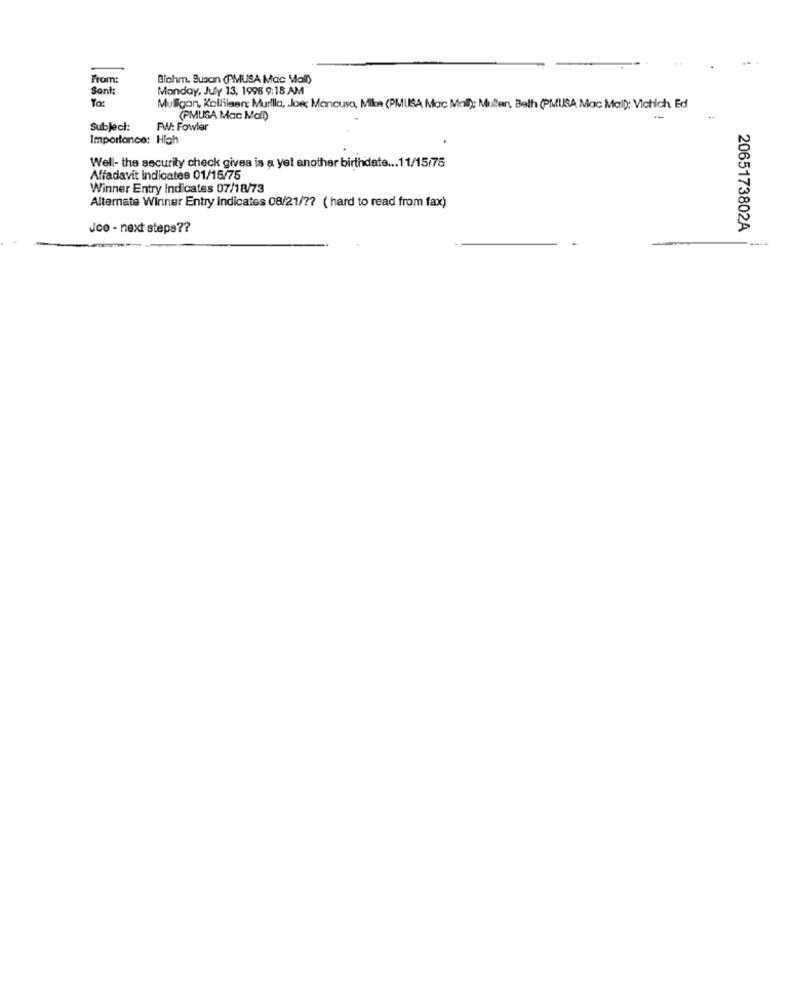
From:
Biohm. Susan (PMUSA Mac Mall)
Sont:
Monday, July 13, 1996 9:18 AM
To:
Muligon, Kollileer Murllla, Joe: Mancuso, Mike (PMUSA Mac Mal); Muller Beth (PMUSA Mac Mal): Vichich Ed
(PMUSA Mac Mail)
Subject:
FW: Fowler
Importance: High
Well- the security check gives is a yet another birthdate ... 11/15/75
Affadavit Indicates 01/15/75
Winner Entry Indicates 07/18/73
Alternate Winner Entry indicates 08/21/ ?? ( hard to read from fax)
Jco - next steps ??
2065173802A
--